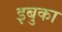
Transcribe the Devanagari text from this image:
इबुका